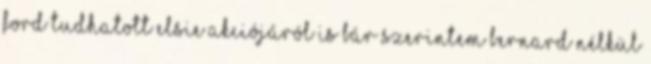
Ford tudhatott Elsie akciójáról is bár szerintem Bernard nélkül